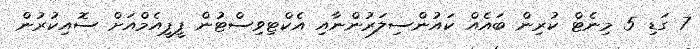
7 ގަޑި 5 މިނެޓް ކުރިން ބައެއް ކައުންސިލަރުންނާއި އެކްޓިވިސްޓުން ޕީޕީއެމްއަށް ސޮއިކުރުން